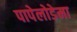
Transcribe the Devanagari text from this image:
पापेलोडेमा